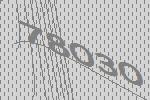
78030